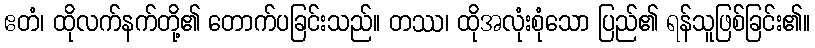
ဧတံ၊ ထိုလက်နက်တို့၏ တောက်ပခြင်းသည်။ တဿ၊ ထိုအလုံးစုံသော ပြည်၏ ရန်သူဖြစ်ခြင်း၏။